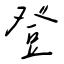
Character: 登